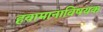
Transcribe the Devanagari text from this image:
हवामानाविषयक